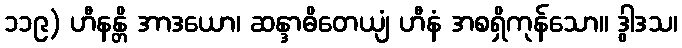
၁၁၉) ဟီနန္တိ အာဒယော၊ ဆန္ဒာဓိတေယျံ ဟီနံ အစရှိကုန်သော။ ဒွါဒသ၊